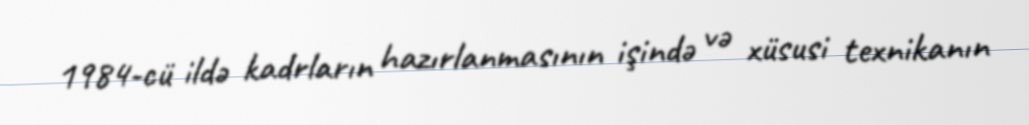
1984-cü ildə kadrların hazırlanmasının işində və xüsusi texnikanın